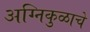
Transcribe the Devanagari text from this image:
अग्निकुळाचे